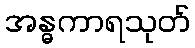
အန္ဓကာရသုတ်